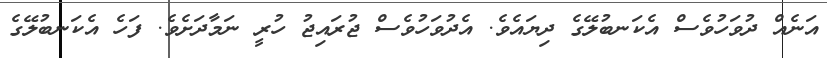
އަނެއް ދުވަހުވެސް އެކަނބުލޭގެ ދިޔައެވެ. އެދުވަހުވެސް ޖުރައިޖު ހުރީ ނަމާދަށެވެ. ފަހެ އެކަނބުލޭގެ